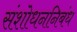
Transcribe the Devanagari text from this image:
संशोधननिबंध